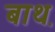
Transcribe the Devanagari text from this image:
बाथ़